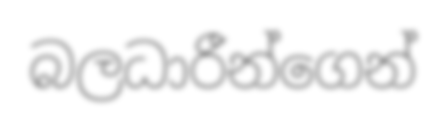
බලධාරීන්ගෙන්